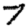
Digit: 7